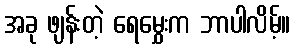
အခု ဖျန်းတဲ့ ရေမွှေးက ဘာပါလိမ့်။